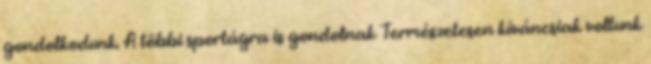
gondolkodunk. A többi sportágra is gondolnak Természetesen kíváncsiak voltunk